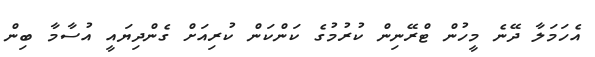
އެހަމަލާ ދޭނެ މީހުން ޓްރޭނިން ކުރުމުގެ ކަންކަން ކުރިއަށް ގެންދިޔައީ އުސާމާ ބިން